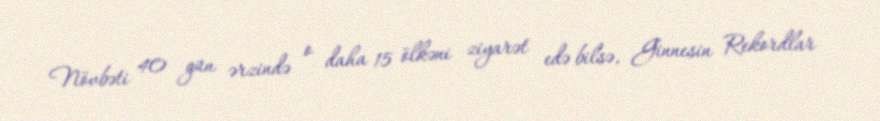
Növbəti 40 gün ərzində o daha 15 ölkəni ziyarət edə bilsə, Ginnesin Rekordlar